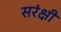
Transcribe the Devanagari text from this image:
सरंक्षी